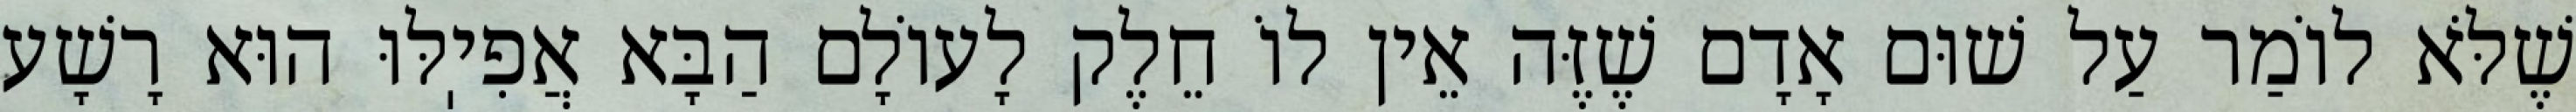
שֶׁלֹּא לוֹמַר עַל שׁוּם אָדָם שֶׁזֶּה אֵין לוֹ חֵלֶק לָעוֹלָם הַבָּא אֲפִיֽלּוּ הוּא רָשָׁע